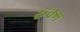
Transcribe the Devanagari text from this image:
रूक्म